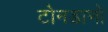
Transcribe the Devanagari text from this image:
टोनडानो